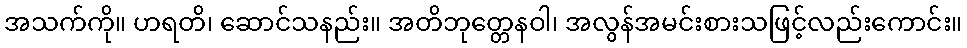
အသက်ကို။ ဟရတိ၊ ဆောင်သနည်း။ အတိဘုတ္တေနဝါ၊ အလွန်အမင်းစားသဖြင့်လည်းကောင်း။